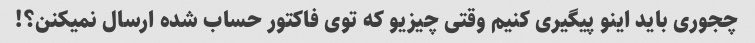
چجوری باید اینو پیگیری کنیم وقتی چیزیو که توی فاکتور حساب شده ارسال نمیکنن؟!